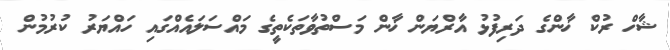
ޝާހް ރުކް ޚާންގެ ދަރިފުޅު އާރްޔަން ޚާން މަސްތުވާތަކެތީގެ މައްސަލައެއްގައި ހައްޔަރު ކުރުމުން